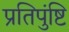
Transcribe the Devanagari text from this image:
प्रतिपुंष्टि